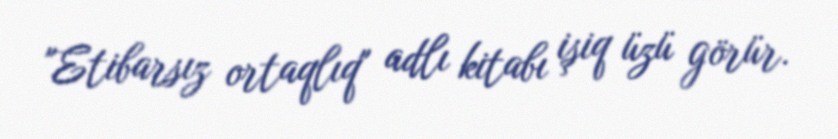
"Etibarsız ortaqlıq" adlı kitabı işiq üzü görür.